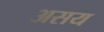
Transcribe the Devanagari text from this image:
असय